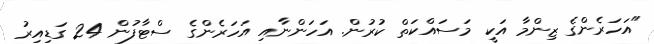
"އަހަރެންގެ ޒިންމާ އަކީ މަސައްކަތް ކުރުން. އަހަންނާއި އަހަރެންގެ ސްޓާފުން 24 ގަޑިއިރު